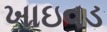
ખાઇવડ